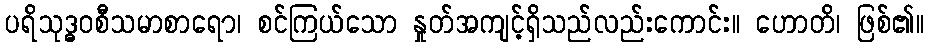
ပရိသုဒ္ဓဝစီသမာစာရော၊ စင်ကြယ်သော နှုတ်အကျင့်ရှိသည်လည်းကောင်း။ ဟောတိ၊ ဖြစ်၏။